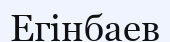
Егінбаев